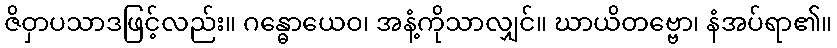
ဇိဝှာပသာဒဖြင့်လည်း။ ဂန္ဓောယေဝ၊ အနံ့ကိုသာလျှင်။ ဃာယိတဗ္ဗော၊ နံအပ်ရာ၏။